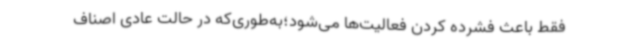
فقط باعث فشرده کردن فعالیت‌ها می‌شود؛به‌طوری‌که در حالت عادی اصناف